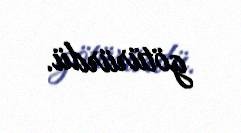
götürürdü.